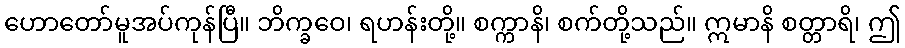
ဟောတော်မူအပ်ကုန်ပြီ။ ဘိက္ခဝေ၊ ရဟန်းတို့။ စက္ကာနိ၊ စက်တို့သည်။ ဣမာနိ စတ္တာရိ၊ ဤ